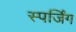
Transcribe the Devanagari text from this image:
स्पर्जिंग